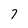
Character: 7